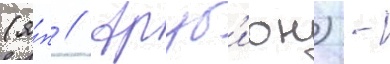
(я́п // Аруб'ион) -